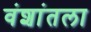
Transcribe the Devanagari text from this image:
वंशांतला